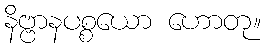
နိဗ္ဗာနပစ္စယော ဟောတု။